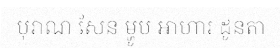
បុរាណ សែន ម្ហូប អាហារ ដូនតា